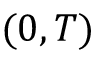
( 0 , T )